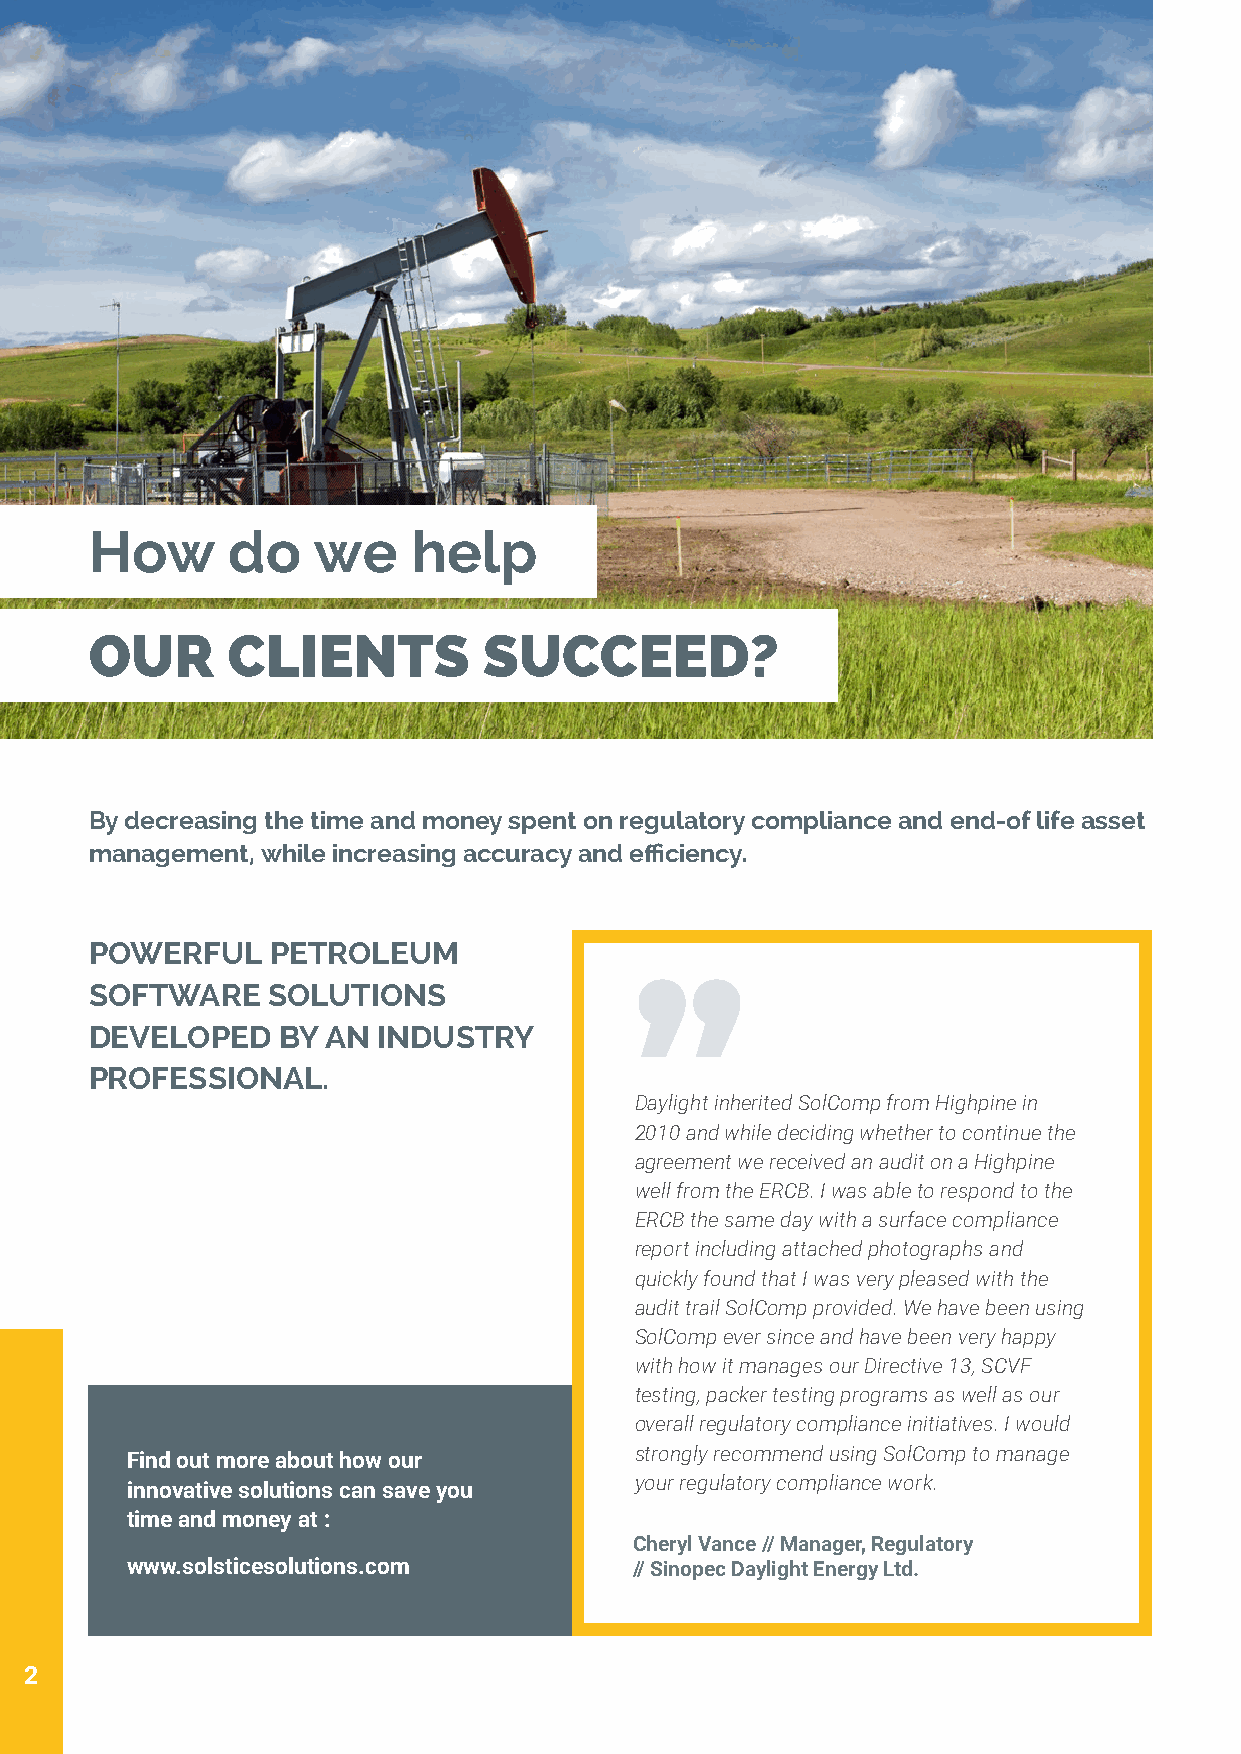
Corporate
 INFORMATION
 How      do    we    help
 OUR      CLIENTS          SUCCEED?
 By decreasing the time and money spent on regulatory compliance and end-of life asset
 management, while increasing accuracy and efficiency.
 POWERFUL    PETROLEUM
 SOFTWARE    SOLUTIONS               ”
 DEVELOPED   BY AN  INDUSTRY
 PROFESSIONAL.
 Daylight inherited SolComp from Highpine in
 2010 and while deciding whether to continue the
 agreement we received an audit on a Highpine
 well from the ERCB. I was able to respond to the
 ERCB the same day with a surface compliance
 report including attached photographs and
 quickly found that I was very pleased with the
 audit trail SolComp provided. We have been using
 SolComp ever since and have been very happy
 with how it manages our Directive 13, SCVF
 testing, packer testing programs as well as our
 overall regulatory compliance initiatives. I would
 strongly recommend using SolComp to manage
 Find out more about how our
 your regulatory compliance work.
 innovative solutions can save you
 time and money at :
 Cheryl Vance // Manager, Regulatory
 www.solsticesolutions.com         // Sinopec Daylight Energy Ltd.
 2